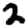
Digit: 2